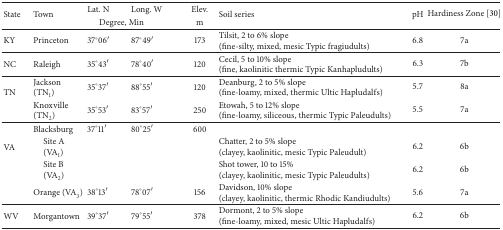
<table><thead><tr><td rowspan="2"><b>State</b></td><td rowspan="2"><b>Town</b></td><td><b>Lat. N</b></td><td><b>Long. W</b></td><td><b>Elev.</b></td><td rowspan="2"><b>Soil series</b></td><td rowspan="2"><b>pH</b></td><td><b>Hardiness Zone [30]</b></td></tr><tr><td colspan="2"><b>Degree, Min</b></td><td><b>m</b></td></tr></thead><tbody><tr><td>KY</td><td>Princeton</td><td>37°06′</td><td>87°49′</td><td>173</td><td>Tilsit, 2 to 6% slope(fine-silty, mixed, mesic Typic fragiudults)</td><td>6.8</td><td>7a</td></tr><tr><td>NC</td><td>Raleigh</td><td>35°43′</td><td>78°40′</td><td>120</td><td>Cecil, 5 to 10% slope(fine, kaolinitic thermic Typic Kanhapludults)</td><td>6.3</td><td>7b</td></tr><tr><td rowspan="2">TN</td><td>Jackson (TN<sub>1</sub>)</td><td>35°37′</td><td>88°55′</td><td>120</td><td>Deanburg, 2 to 5% slope(fine-loamy, mixed, thermic Ultic Hapludalfs)</td><td>5.7</td><td>8a</td></tr><tr><td>Knoxville (TN<sub>2</sub>)</td><td>35°53′</td><td>83°57′</td><td>250</td><td>Etowah, 5 to 12% slope(fine-loamy, siliceous, thermic Typic Paleudults)</td><td>5.5</td><td>7a</td></tr><tr><td rowspan="4">VA</td><td>Blacksburg</td><td>37°11′</td><td>80°25′</td><td>600</td><td> </td><td> </td><td> </td></tr><tr><td> Site A(VA<sub>1</sub>)</td><td> </td><td> </td><td> </td><td>Chatter, 2 to 5% slope(clayey, kaolinitic, mesic Typic Paleudult)</td><td>6.2</td><td>6b</td></tr><tr><td> Site B(VA<sub>2</sub>)</td><td> </td><td> </td><td> </td><td>Shot tower, 10 to 15%(clayey, kaolinitic, mesic Typic Paleudults)</td><td>6.2</td><td>6b</td></tr><tr><td>Orange (VA<sub>3</sub>)</td><td>38°13′</td><td>78°07′</td><td>156</td><td>Davidson, 10% slope(clayey, kaolinitic, thermic Rhodic Kandiudults)</td><td>5.6</td><td>7a</td></tr><tr><td>WV</td><td>Morgantown</td><td>39°37′</td><td>79°55′</td><td>378</td><td>Dormont, 2 to 5% slope(fine-loamy, mixed, mesic Ultic Hapludalfs)</td><td>6.2</td><td>6b</td></tr></tbody></table>